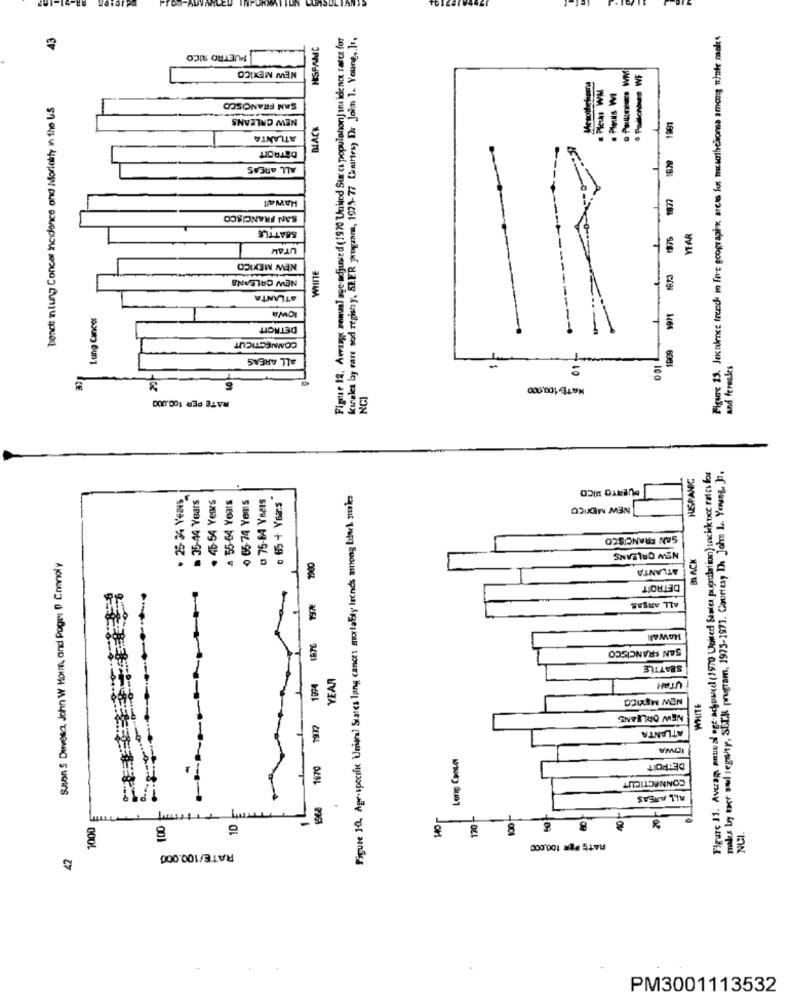
43
Figue 12, Avrange sems] age-adjusted (1970 United Sta ca populahon ] ins ide noe rates for
kineles by rare sod regisny, SEER program, 1975-77 Canines, Dr John 1. Young .. ],
Figure 13. Jekukence trends in fave geograph arets for mesothelioma among winte male
HISPAMC
PUETRO RICO
NEW MEXICO
Trends inlung Concer Incidence and Mortality in the US
SAN FRANCISCO
Plechat
NEW ORLEANS
BLACK
1981
ATLANTA
DETROIT
1879
ALL AREAS
HAWA !!
SAN FRANCISCO
--
SEATTLE
YEAR
UTAL
---
NEW MEXICO
WHITE
NEW CALDANS
ATLANTA
---
Lung Cancer
OWA
DETROIT
CONNECTICUT
1969
ALL AREAS
-
01
001
and feresses
10
NATE100.000
RATE PER 100.000
NCI
makes by the sal jegwiny, SECH program, 1975-1971. Courtesy In John L. Young, J.
HISPANIC
Figure 11. Average annual age adjusted (1970 United States pugnahar ion) unacik noe rates for
CUBATO MICO
. 25-34 Vezes
35-44 Years
. 46-54 Years
# 55-64 Years
0 65-74 Yems
0 75-84 Y821s
Figure 1-0. Agrospecific Unignal States lung cancer mortality leends among bbek moles
0 65 + Years
NEW MEXICO
SAN FRANCISCO
Sson S Devesa, John W Horre, and Page: D Connoly
NEW ORLEANS
BLACK
1900
ATLANTA
DETROIT
ALL AREAS
HAWAR
1974 1876
SAN FRANCISCO
SBATTLE
YEAR
UTAH
NEW MEXICO
WHITE
NEW ORLEANS
ATLANTA
IOWA
Long Cantar
1970
DETROIT
CONNECTICUT
1968
ALL AREAS
170-
8
1000
8
10
HO
8
40
RATE PER 100,000
42
RATE/100.000
PM3001113532